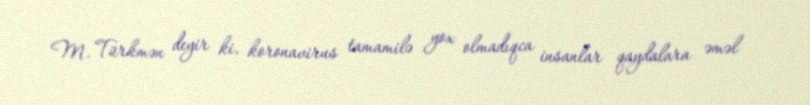
M. Türkmən deyir ki, koronavirus tamamilə yox olmadıqca insanlar qaydalara əməl